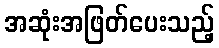
အဆုံးအဖြတ်ပေးသည့်